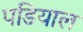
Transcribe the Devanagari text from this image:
पडियाल